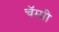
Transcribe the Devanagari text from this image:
चॅम्प्नी